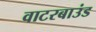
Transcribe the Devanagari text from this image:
वाटरबाउंड